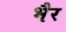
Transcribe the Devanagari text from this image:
भैर